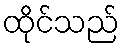
ထိုင်သည်